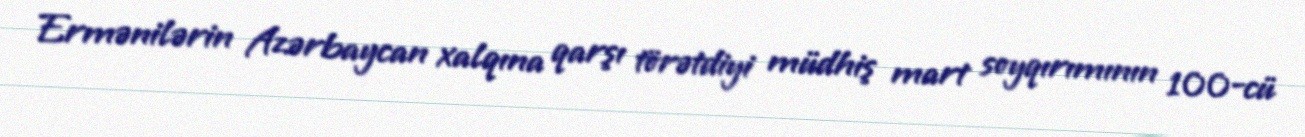
Ermənilərin Azərbaycan xalqına qarşı törətdiyi müdhiş mart soyqırımının 100-cü